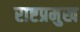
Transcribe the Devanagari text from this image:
राष्टप्रमुख